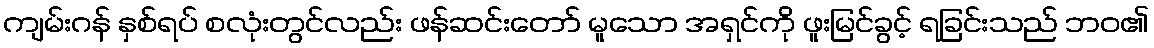
ကျမ်းဂန် နှစ်ရပ် စလုံးတွင်လည်း ဖန်ဆင်းတော် မူသော အရှင်ကို ဖူးမြင်ခွင့် ရခြင်းသည် ဘဝ၏